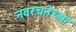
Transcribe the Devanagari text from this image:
नवरचनेच्या